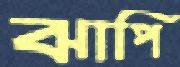
ঝাপি